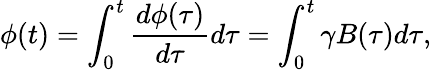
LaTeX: \phi(t)=\int_{0}^{t}\frac{d\phi(\tau)}{d\tau}d\tau=\int_{0}^{t}\gamma B(\tau)d\tau,